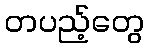
တပည့်တွေ